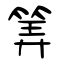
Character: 筭